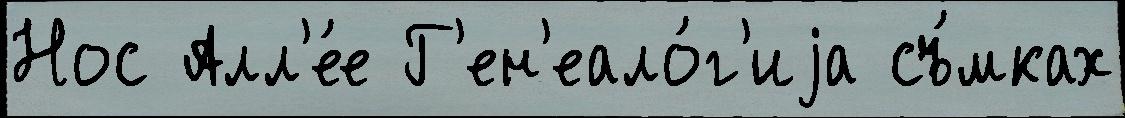
Нос Алл'е́е Г'ен'еало́г'иjа съ́мках